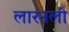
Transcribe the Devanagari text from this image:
लारनली